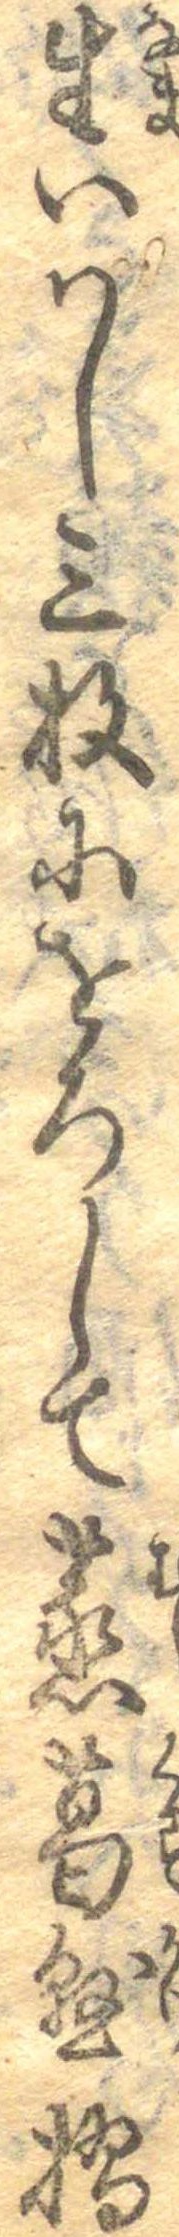
生いはし三枚にをろして蒸葛懸摺